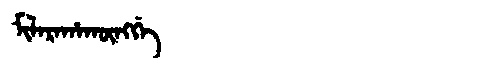
Manchu: ᠮᡳᠯᠠᡵᠠᡥᠠᡴᡡᠩᡤᡝ
Romanization: MILARAHAKŪNGGE